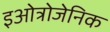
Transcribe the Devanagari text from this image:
इओत्रोजेनिक